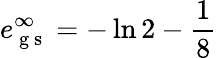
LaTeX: e_{\mathrm{~g~s~}}^{\infty}=-\ln{2}-\frac{1}{8}